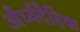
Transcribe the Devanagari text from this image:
और्ध्वदैहिक